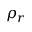
\rho _ { r }